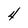
Character: 4